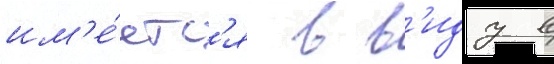
им'е́етс'я в в'иду в